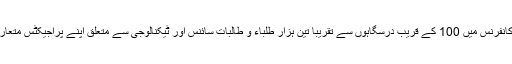
اس چار روزہ کانفرنس میں 100 کے قریب درسگاہوں سے تقریباً تین ہزار طلباء و طالبات سائنس اور ٹیکنالوجی سے متعلق اپنے پراجیکٹس متعارف کرائیں گے۔